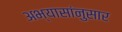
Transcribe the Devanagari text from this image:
अभ्यासांनुसार